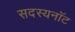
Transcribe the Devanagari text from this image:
सदस्यनॉट